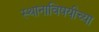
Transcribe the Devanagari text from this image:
स्थानाविषयीच्या